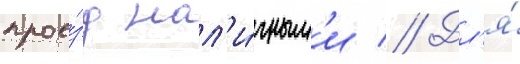
прое́зд нал'и́чным'и // Дл'я́